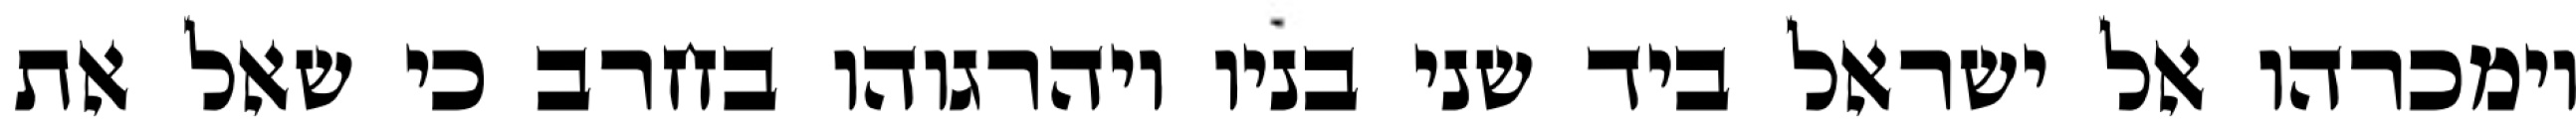
וימכרהו אל ישראל ביד שני בניו ויהרגוהו בחרב כי שאל את